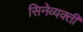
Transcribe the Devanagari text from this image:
सिनेव्यक्ती